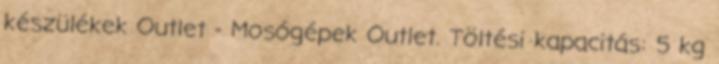
készülékek Outlet - Mosógépek Outlet. Töltési kapacitás: 5 kg